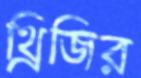
থ্রিজির